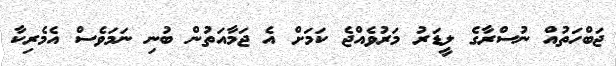
ޖަބްހަތުއް ނުސްރާގެ ލީޑަރު މަރުވެއްޖެ ކަމަށް އެ ޖަމާއަތުން ބުނި ނަމަވެސް އެމެރިކާ